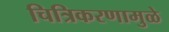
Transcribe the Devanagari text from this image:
चित्रिकरणामुळे